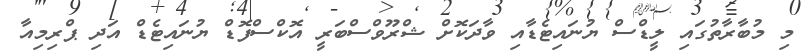
މި މުބާރާތުގައި ލީޑްސް ޔުނައިޓެޑާއި ވާދަކޮށް ޝްރޫވްސްބަރީ އޮކްސްފޮޑް ޔުނައިޓެޑް އަދި ޕްރިމިއާ